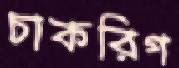
চাকরিগ